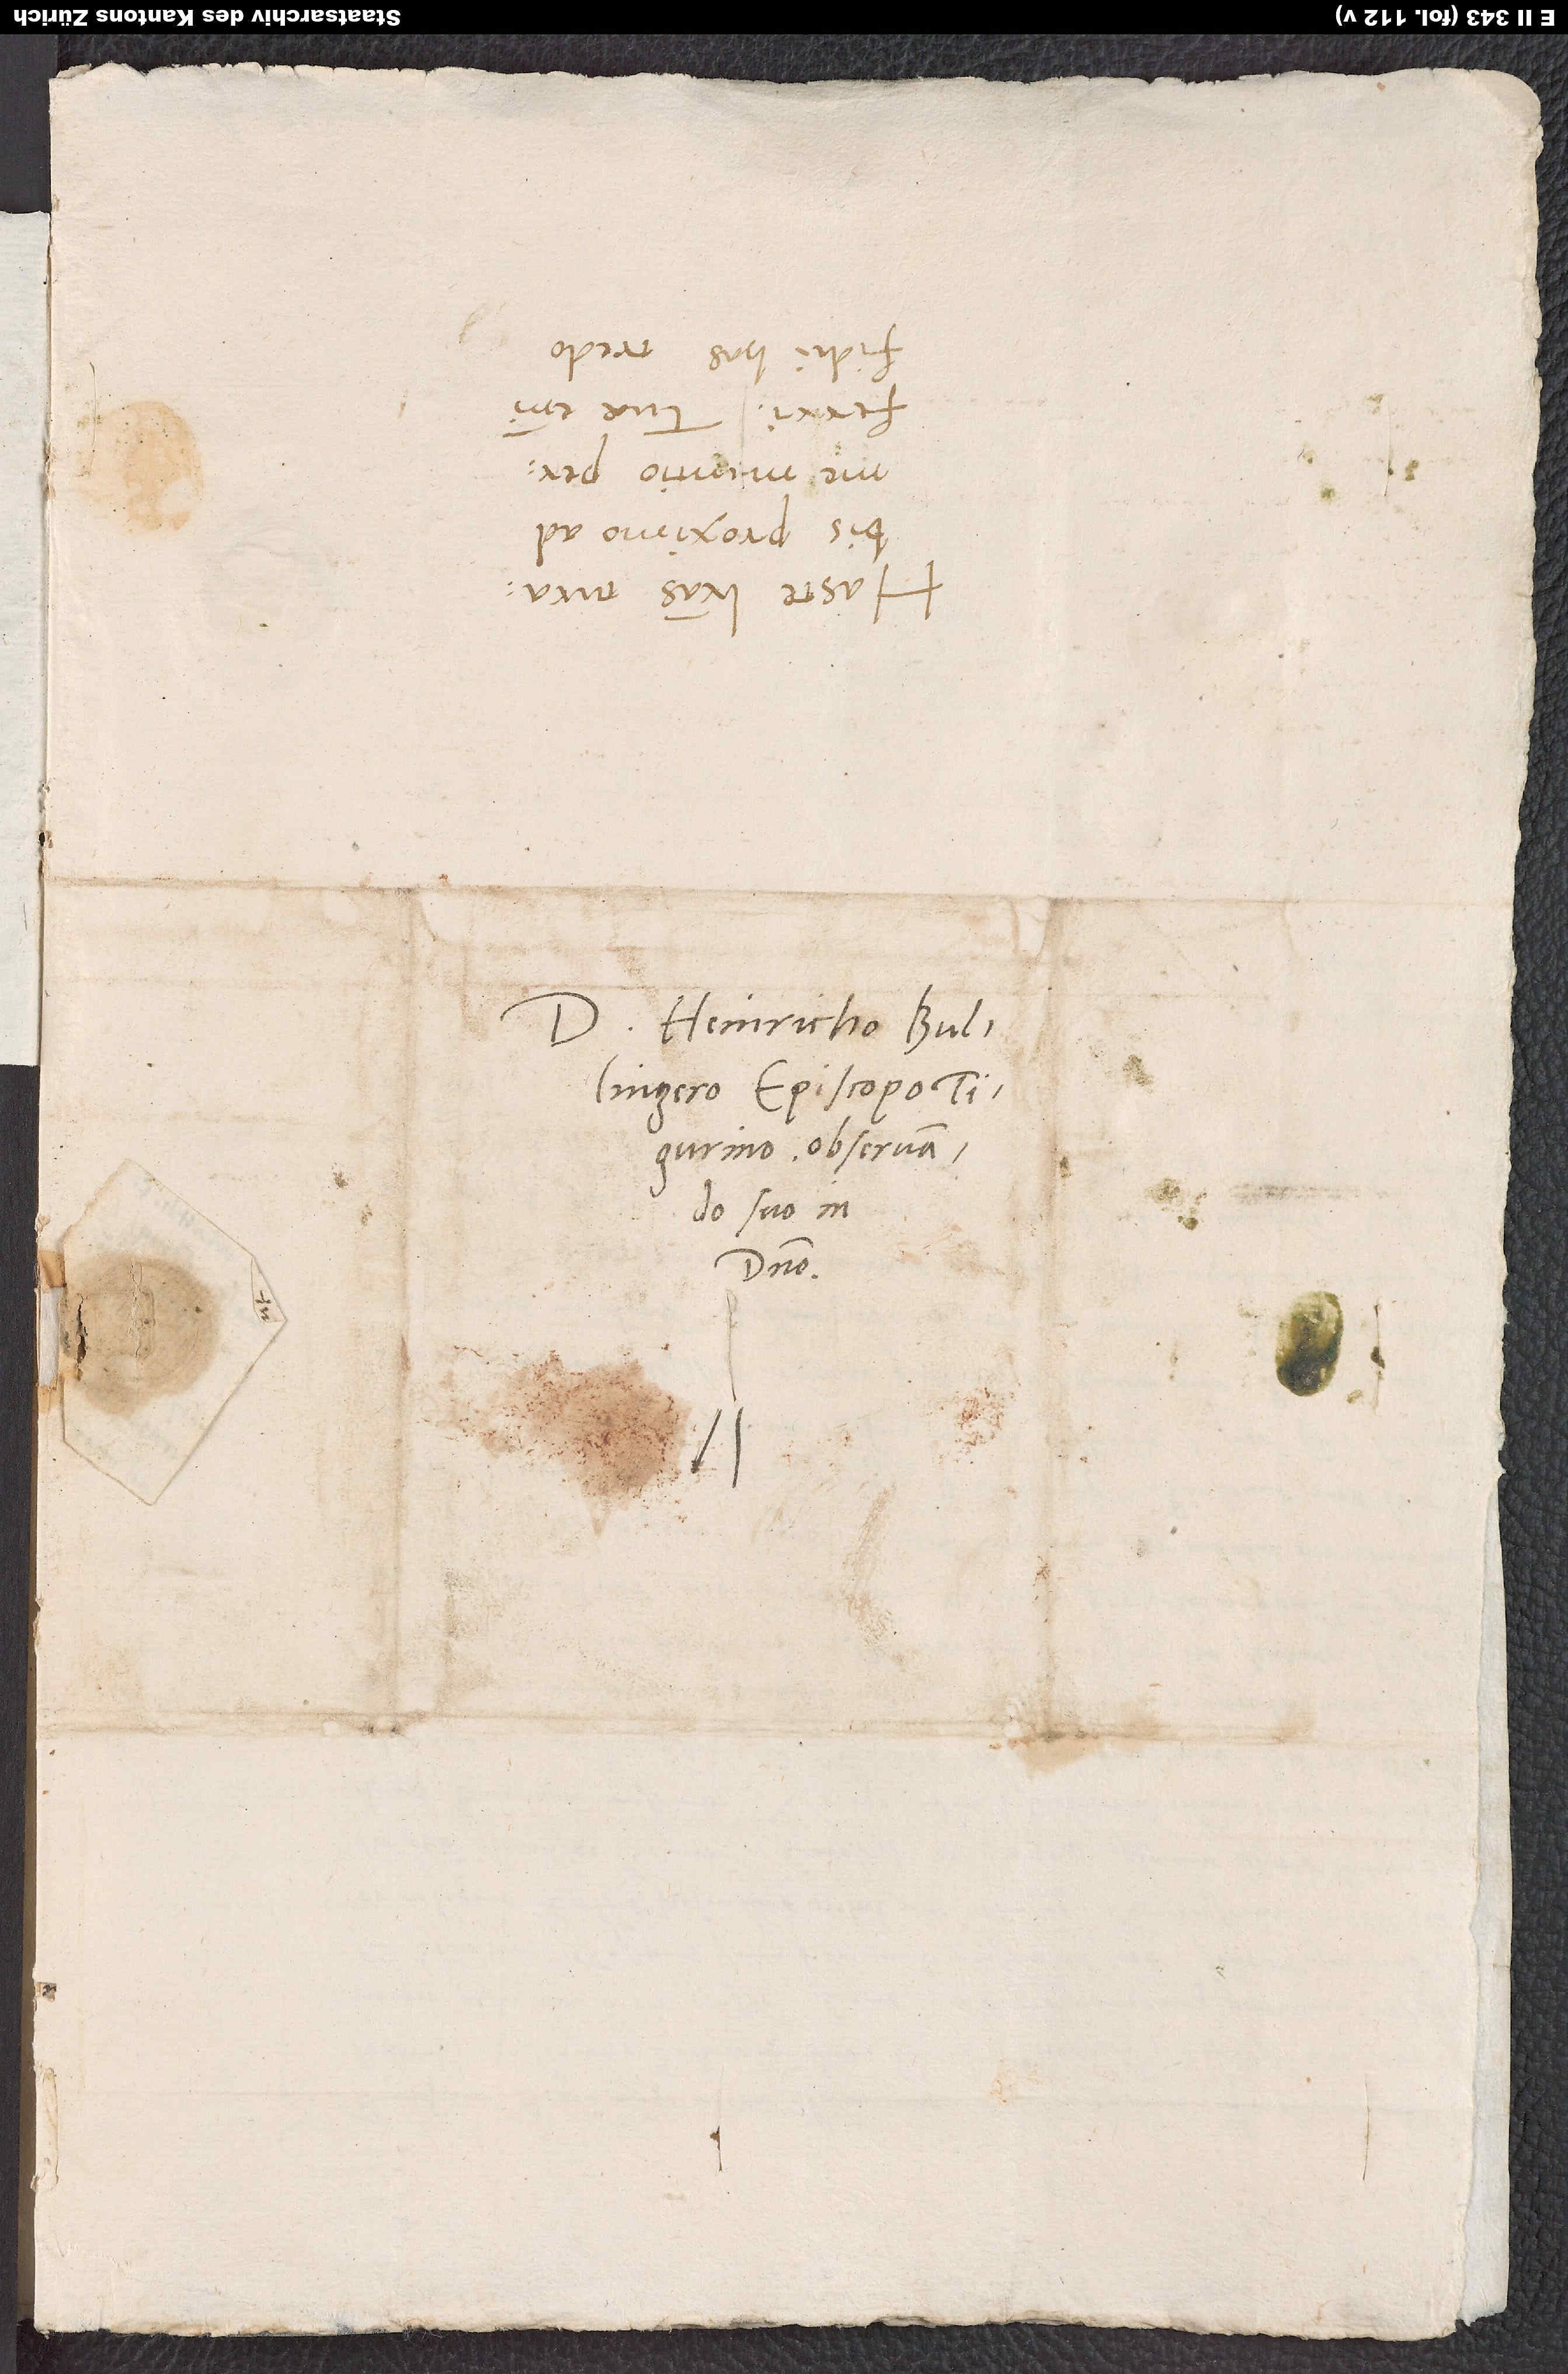
Domino Heinricho Bullingero,
Tigurino, observando
suo in
domino.